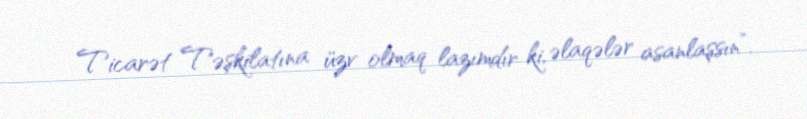
Ticarət Təşkilatına üzv olmaq lazımdır ki, əlaqələr asanlaşsın”.